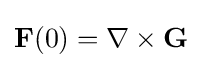
\mathbf {F} (0)=\nabla \times \mathbf {G}